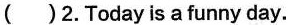
( ) 2.Today is a funny day.